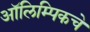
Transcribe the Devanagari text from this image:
आॅलिम्पिकचे